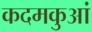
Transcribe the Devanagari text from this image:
कदमकुआं